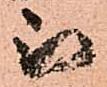
被